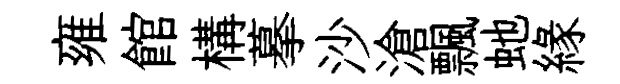
雍館構摹沙滄飄虵縁